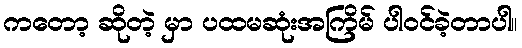
ကတော့ ဆိုတဲ့ မှာ ပထမဆုံးအကြိမ် ပါဝင်ခဲ့တာပါ။